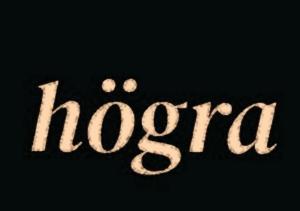
högra